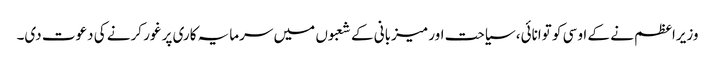
وزیراعظم نے کے او سی کو توانائی، سیاحت اور میزبانی کے شعبوں میں سرمایہ کاری پر غور کرنے کی دعوت دی۔